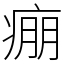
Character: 痭